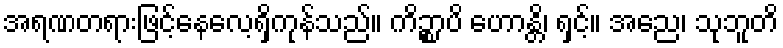
အရဏတရားဖြင့်နေလေ့ရှိကုန်သည်။ ကိဉ္စာပိ ဟောန္တိ၊ ရှင့်။ အညေ၊ သုဘူတိ